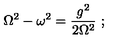
\displaystyle { \mathrm { \Omega } ^ { 2 } - \omega ^ { 2 } = { \frac { g ^ { 2 } } { 2 \mathrm { \Omega } ^ { 2 } } } \ ; }